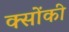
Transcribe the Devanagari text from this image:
क्सोंकी